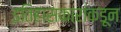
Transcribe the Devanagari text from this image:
इतिहासकारांकडून